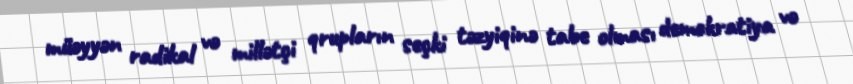
müəyyən radikal və millətçi qrupların seçki təzyiqinə tabe olması demokratiya və